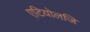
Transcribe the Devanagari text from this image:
एटियोलजि